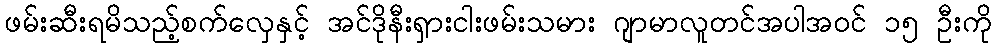
ဖမ်းဆီးရမိသည့်စက်လှေနှင့် အင်ဒိုနီးရှားငါးဖမ်းသမား ဂျာမာလူတင်အပါအဝင် ၁၅ ဦးကို